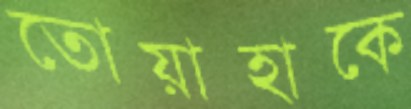
তোয়াহাকে